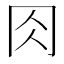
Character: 𠕎